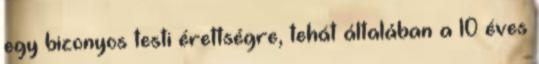
egy bizonyos testi érettségre, tehát általában a 10 éves